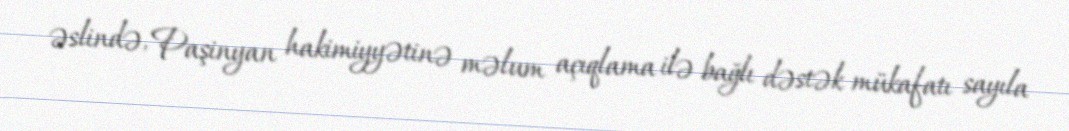
əslində, Paşinyan hakimiyyətinə məlum açıqlama ilə bağlı dəstək mükafatı sayıla